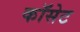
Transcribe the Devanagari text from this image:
कॉसेट